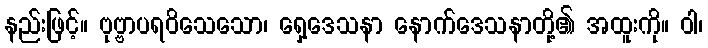
နည်းဖြင့်။ ဗုဗ္ဗာပရဝိသေသော၊ ရှေ့ဒေသနာ နောက်ဒေသနာတို့၏ အထူးကို။ ဝါ၊